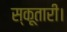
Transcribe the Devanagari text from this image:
स्कूतारी।